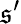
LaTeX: \mathfrak{s}^{\prime}